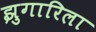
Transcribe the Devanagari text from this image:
झुगारिला